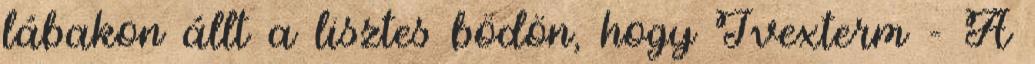
lábakon állt a lisztes bödön, hogy Ivexterm - A